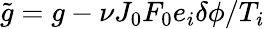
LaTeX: \tilde{g}=g-\nu J_{0}F_{0}e_{i}\delta\phi/T_{i}